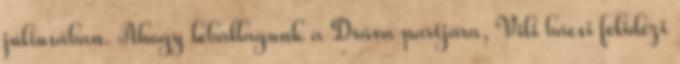
júliusában. Ahogy leballagunk a Dráva partjára, Vili bácsi felidézi